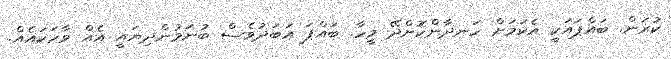
ކުރަން. ބައްޕައަކީ އެކަމަށް ހަނދާންކޮށްދޭ މީހާ. ބައްޕަ އަބަދުވެސް ބުނަމުންދިޔައީ އެއް ވާހަކައެއް.